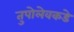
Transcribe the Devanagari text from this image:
तुपोलेवकडे